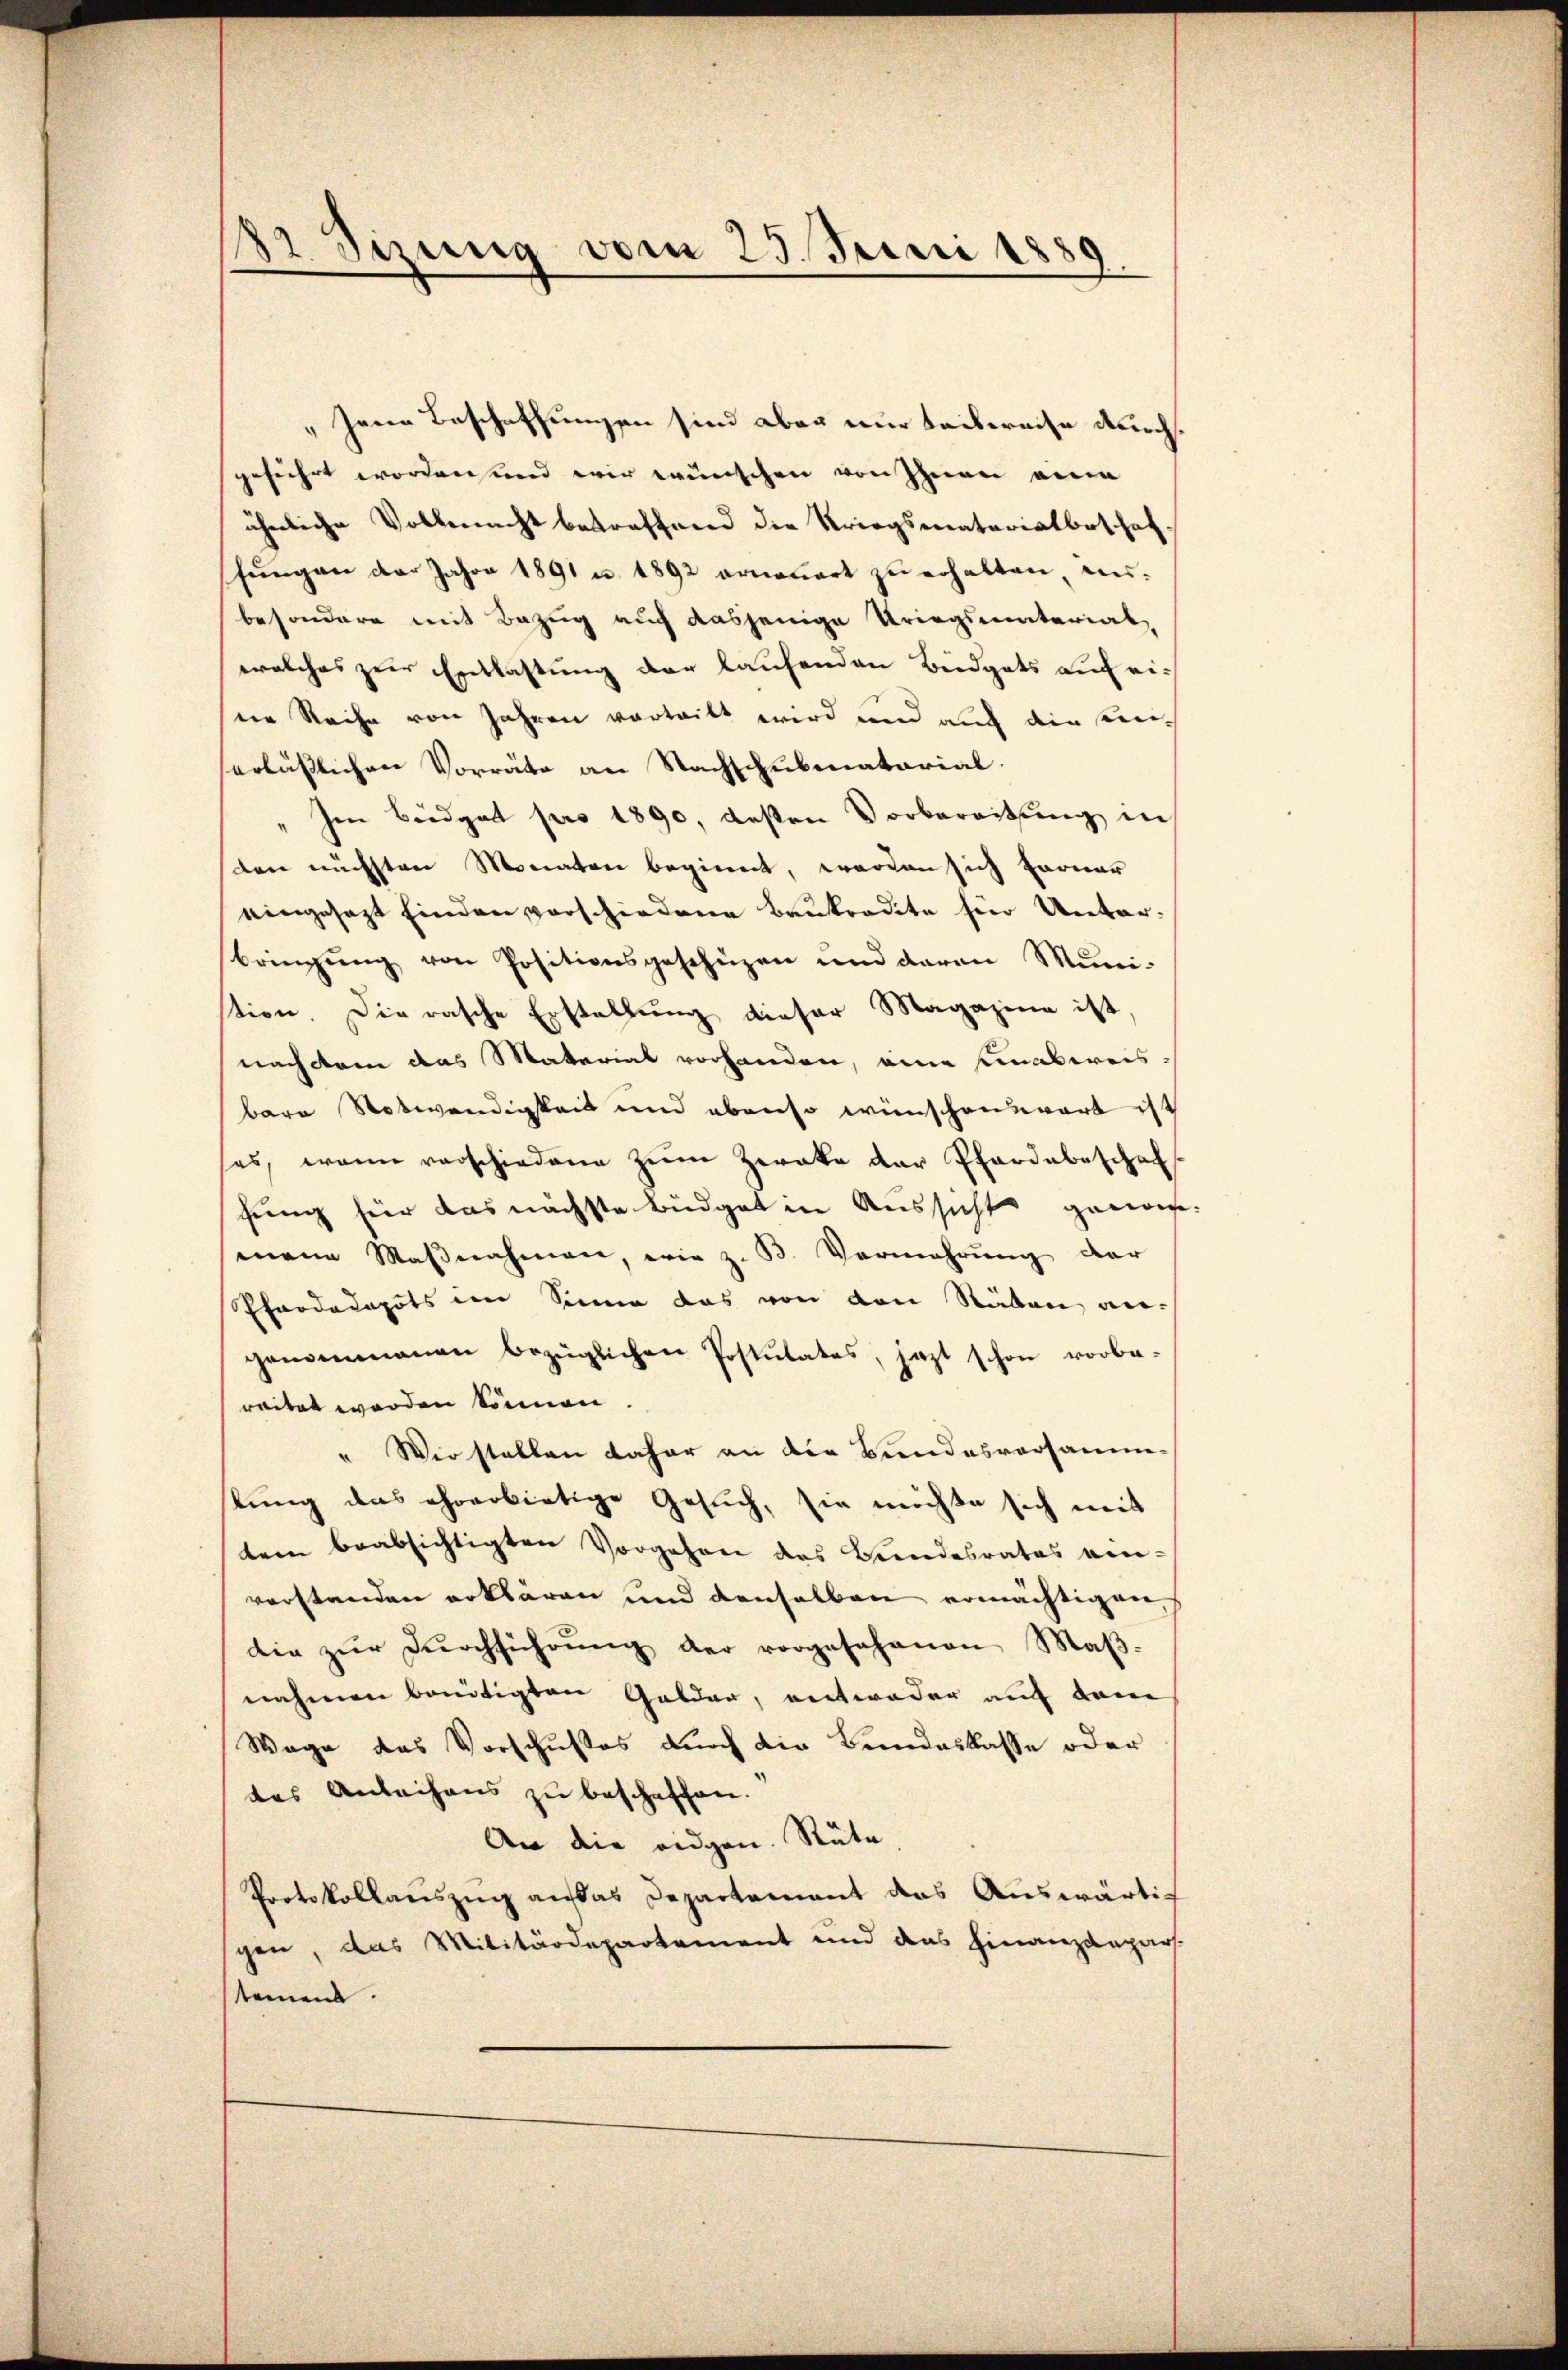
s
2 Sizung vom 23. Juni 1889.

" Irren Beschaffungen sind aber nur teilweise Kirchgeführt worden und wir wünschen von Ihnen eine
ähnliche Vollmacht betreffend die Kriegsmatariatbeschaf
fŭngen der Jahre 1891 u. 1892 erneuert zu erhalten anbesondere mit Bezug auch dasjenige Kriegsmaterial,
welches zur Entlastung der laufenden Büdgets auf eieie Reihe von Jahren vortritt wird und auch die senierlässlichen Vorräte an Nachschubmatorial.
Im Beidgast pro 1890, gesten Vorbereitung in
den nächsten Monaten beginnt, worden sich ferner
eingesezt finden verschiedene Baukredite für Unterbringŭng von Positionsgeschüzen und daran Muni-
stion. Die rasche Erstellung dieser Magazine ist
nach dem das Material vorhanden, eine unabweis-
bare Notwendigkeit und ebenso wünschenswart ist
es, wenn vorschiedene Zum Zweke der Pferdebeschaf
fung für das nächste Büdget in Aussicht geworf
mnene Maβnahmen, wie z. B. Vermehrŭng der
Pfardadepots im Sinne das von den Stäben angenommenen bezüglichen Postulates, jezt schon vorbe-
reitet worden können.
" Wir stellen daher an die Bundesversammestung das ehrerbietige Gesuch, sie möchte sich mit
tern beabsichtigten Vorgehren des Bundesrates ein-
verstanden erklären und denselben ermächtigen
die zŭr dŭrchführŭng der vorgesehenen Maβ-
nahmen bandtigten Gelder, entweder auf dem
Wage des Vorschußes durch die Bundeskasse oder
das Anleihens zu beschaffen.
An die eidgen. Räte
Protokollauszug auf das Departement das Auswärtig
gen, das Militärdepartement und das Finanzanpass.
temend.